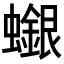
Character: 𧓪